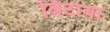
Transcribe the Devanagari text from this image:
विटावा